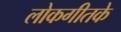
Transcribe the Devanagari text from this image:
लोकगीतके